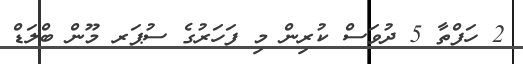
2 ހަފްތާ 5 ދުވަސް ކުރިން މި ފަހަރުގެ ސުޕަރ މޫން ބްލަޑް